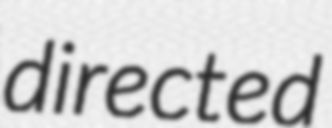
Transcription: directed